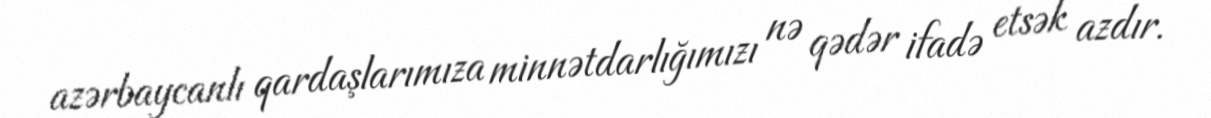
azərbaycanlı qardaşlarımıza minnətdarlığımızı nə qədər ifadə etsək azdır.